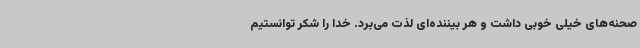
صحنه‌های خیلی خوبی داشت و هر بیننده‌ای لذت می‌برد. خدا را شکر توانستیم